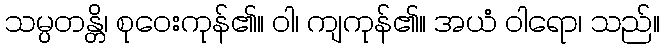
သမ္ပတန္တိ၊ စုဝေးကုန်၏။ ဝါ၊ ကျကုန်၏။ အယံ ဝါရော၊ သည်။